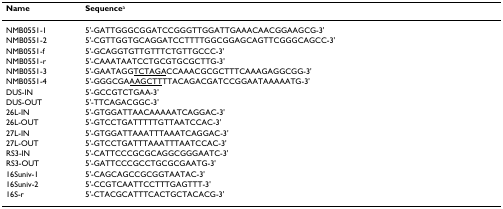
<table><thead><tr><td><b>Name</b></td><td><b>Sequence<sup>a</sup></b></td></tr></thead><tbody><tr><td>NMB0551-1</td><td>5&#x27;-GATTGGGCGGATCCGGGTTGGATTGAAACAACGGAAGCG-3&#x27;</td></tr><tr><td>NMB0551-2</td><td>5&#x27;-CGTTGGTGCAGGATCCTTTTGGCGGAGCAGTTCGGGCAGCC-3&#x27;</td></tr><tr><td>NMB0551-f</td><td>5&#x27;-GCAGGTGTTGTTTCTGTTGCCC-3&#x27;</td></tr><tr><td>NMB0551-r</td><td>5&#x27;-CAAATAATCCTGCGTGCGCTTG-3&#x27;</td></tr><tr><td>NMB0551-3</td><td>5&#x27;-GAATAGG<underline>TCTAGA</underline>CCAAACGCGCTTTCAAAGAGGCGG-3&#x27;</td></tr><tr><td>NMB0551-4</td><td>5&#x27;-GGGCGA<underline>AAGCTT</underline>TTACAGACGATCCGGAATAAAAATG-3&#x27;</td></tr><tr><td>DUS-IN</td><td>5&#x27;-GCCGTCTGAA-3&#x27;</td></tr><tr><td>DUS-OUT</td><td>5&#x27;-TTCAGACGGC-3&#x27;</td></tr><tr><td>26L-IN</td><td>5&#x27;-GTGGATTAACAAAAATCAGGAC-3&#x27;</td></tr><tr><td>26L-OUT</td><td>5&#x27;-GTCCTGATTTTTGTTAATCCAC-3&#x27;</td></tr><tr><td>27L-IN</td><td>5&#x27;-GTGGATTAAATTTAAATCAGGAC-3&#x27;</td></tr><tr><td>27L-OUT</td><td>5&#x27;-GTCCTGATTTAAATTTAATCCAC-3&#x27;</td></tr><tr><td>RS3-IN</td><td>5&#x27;-CATTCCCGCGCAGGCGGGAATC-3&#x27;</td></tr><tr><td>RS3-OUT</td><td>5&#x27;-GATTCCCGCCTGCGCGAATG-3&#x27;</td></tr><tr><td>16Suniv-1</td><td>5&#x27;-CAGCAGCCGCGGTAATAC-3&#x27;</td></tr><tr><td>16Suniv-2</td><td>5&#x27;-CCGTCAATTCCTTTGAGTTT-3&#x27;</td></tr><tr><td>16S-r</td><td>5&#x27;-CTACGCATTTCACTGCTACACG-3&#x27;</td></tr></tbody></table>